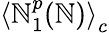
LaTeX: \left\langle\mathbb{N}_{1}^{p}(\mathbb{N})\right\rangle_{c}